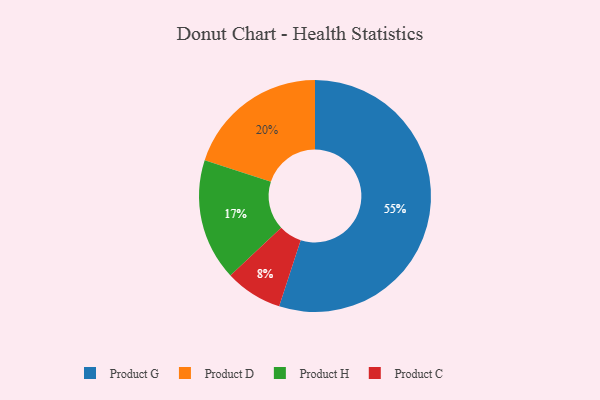
{"axis": {"x": "Category", "y": "Percentage"}, "legend": ["Product C", "Product D", "Product G", "Product H"], "data": [{"x": "Product C", "y": 8, "type": "Product C"}, {"x": "Product D", "y": 20, "type": "Product D"}, {"x": "Product H", "y": 17, "type": "Product H"}, {"x": "Product G", "y": 55, "type": "Product G"}]}